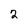
Character: 2